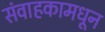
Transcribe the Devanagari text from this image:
संवाहकामधून